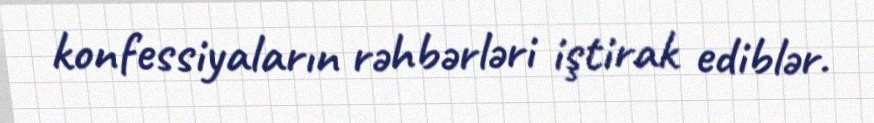
konfessiyaların rəhbərləri iştirak ediblər.